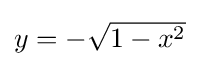
{\textstyle y=-{\sqrt {1-x^{2}}}}